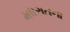
મધરાતના